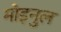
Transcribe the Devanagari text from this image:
मोइनुल